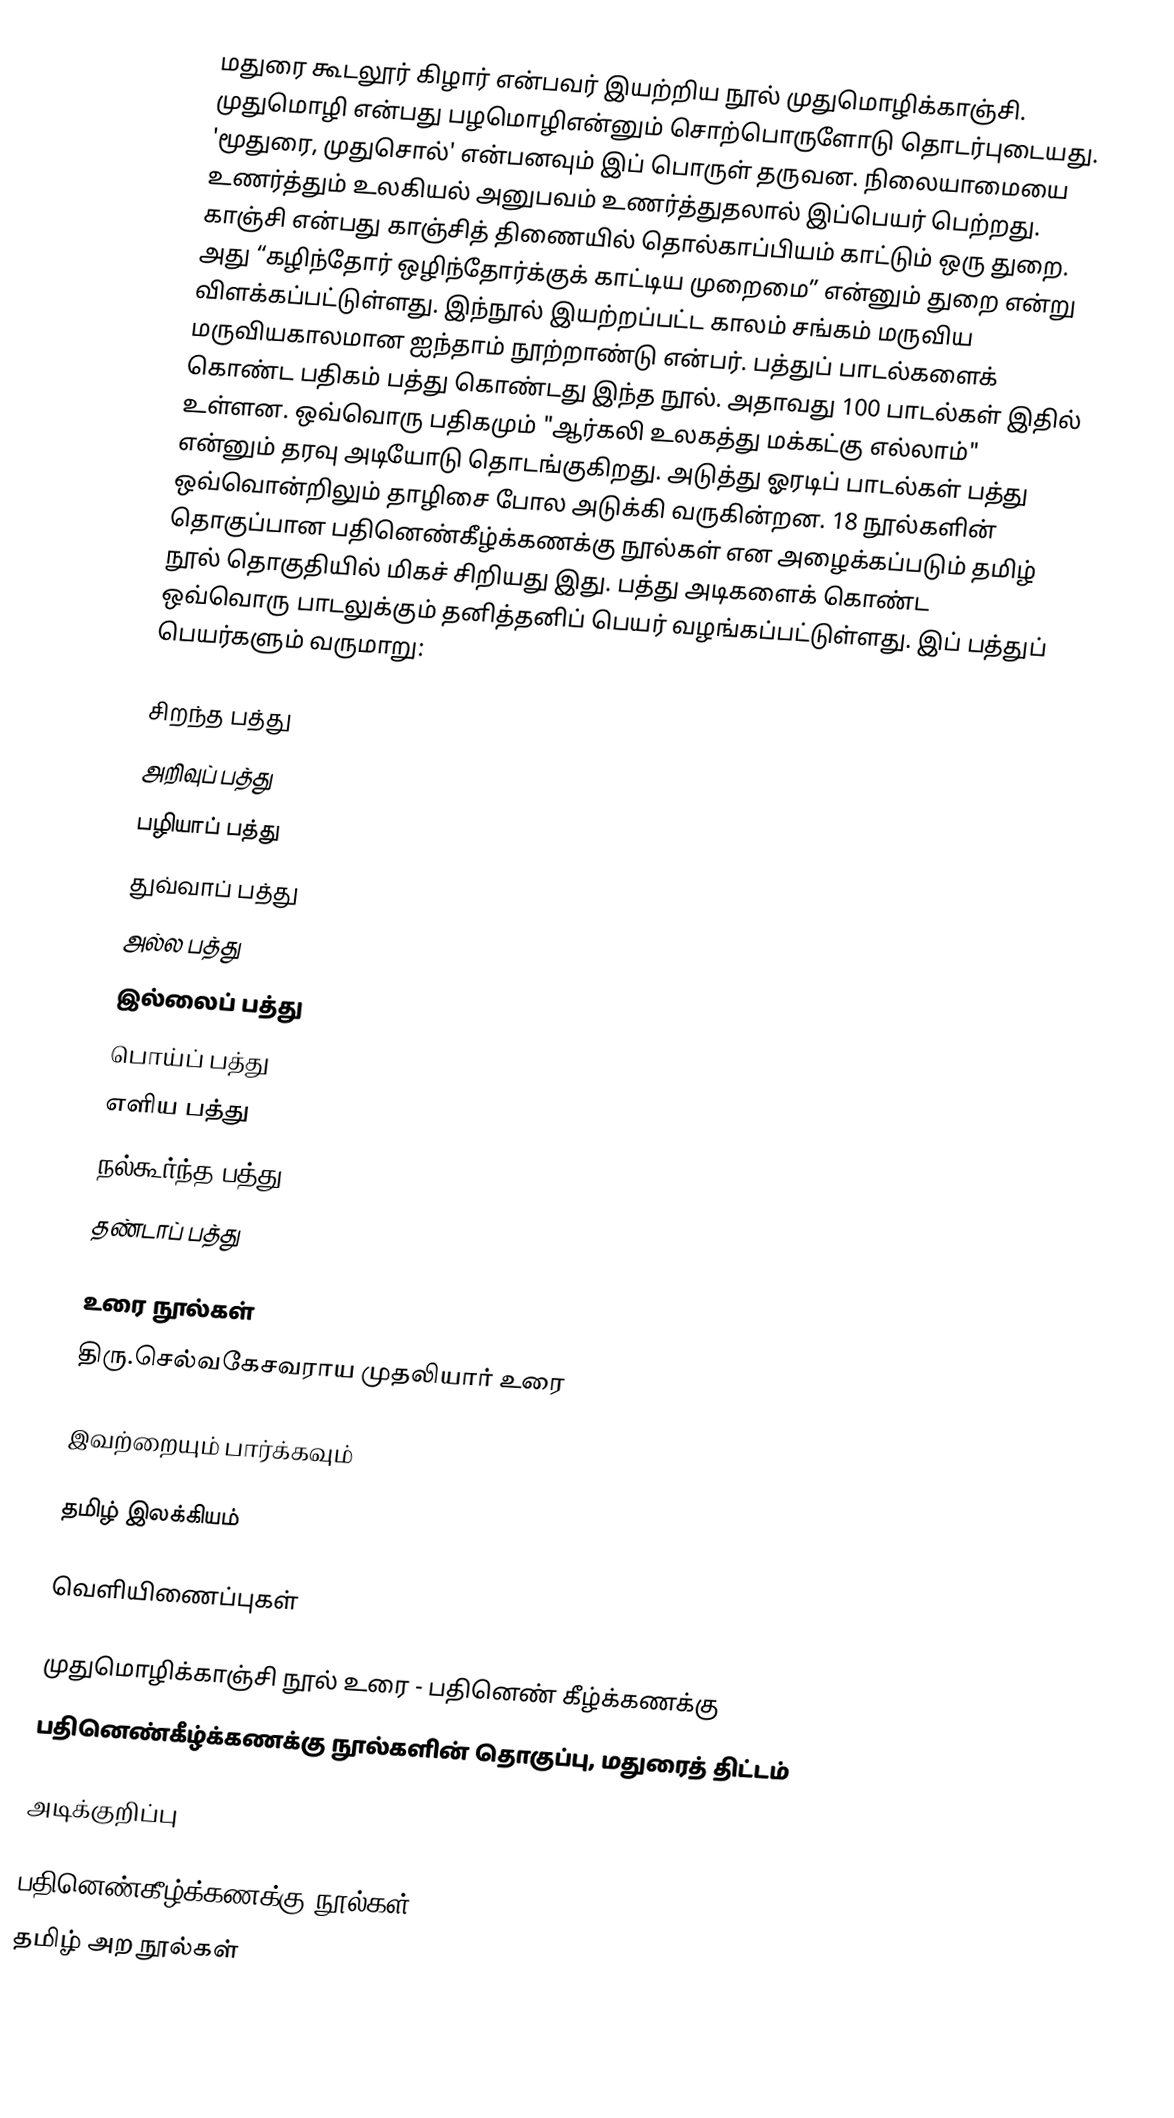
மதுரை கூடலூர் கிழார் என்பவர் இயற்றிய நூல் முதுமொழிக்காஞ்சி. முதுமொழி என்பது பழமொழிஎன்னும் சொற்பொருளோடு தொடர்புடையது. 'மூதுரை, முதுசொல்' என்பனவும் இப் பொருள் தருவன. நிலையாமையை உணர்த்தும் உலகியல் அனுபவம் உணர்த்துதலால் இப்பெயர் பெற்றது.  காஞ்சி என்பது காஞ்சித் திணையில் தொல்காப்பியம் காட்டும் ஒரு துறை. அது “கழிந்தோர் ஒழிந்தோர்க்குக் காட்டிய முறைமை” என்னும் துறை என்று விளக்கப்பட்டுள்ளது.  இந்நூல் இயற்றப்பட்ட காலம் சங்கம் மருவிய மருவியகாலமான ஐந்தாம் நூற்றாண்டு என்பர். பத்துப் பாடல்களைக் கொண்ட பதிகம் பத்து கொண்டது இந்த நூல். அதாவது 100 பாடல்கள் இதில் உள்ளன. ஒவ்வொரு பதிகமும் "ஆர்கலி உலகத்து மக்கட்கு எல்லாம்" என்னும் தரவு அடியோடு தொடங்குகிறது. அடுத்து ஓரடிப் பாடல்கள் பத்து ஒவ்வொன்றிலும் தாழிசை போல அடுக்கி வருகின்றன.  18 நூல்களின் தொகுப்பான பதினெண்கீழ்க்கணக்கு நூல்கள் என அழைக்கப்படும் தமிழ் நூல் தொகுதியில் மிகச் சிறியது இது. பத்து அடிகளைக் கொண்ட ஒவ்வொரு பாடலுக்கும் தனித்தனிப் பெயர் வழங்கப்பட்டுள்ளது. இப் பத்துப் பெயர்களும் வருமாறு:

 சிறந்த பத்து
 அறிவுப் பத்து
 பழியாப் பத்து
 துவ்வாப் பத்து
 அல்ல பத்து
 இல்லைப் பத்து
 பொய்ப் பத்து
 எளிய பத்து
 நல்கூர்ந்த பத்து
 தண்டாப் பத்து

உரை நூல்கள்
திரு.செல்வகேசவராய முதலியார் உரை

இவற்றையும் பார்க்கவும்

 தமிழ் இலக்கியம்

வெளியிணைப்புகள்

 முதுமொழிக்காஞ்சி நூல் உரை - பதினெண் கீழ்க்கணக்கு
 பதினெண்கீழ்க்கணக்கு நூல்களின் தொகுப்பு, மதுரைத் திட்டம்

அடிக்குறிப்பு

பதினெண்கீழ்க்கணக்கு நூல்கள்
தமிழ் அற நூல்கள்